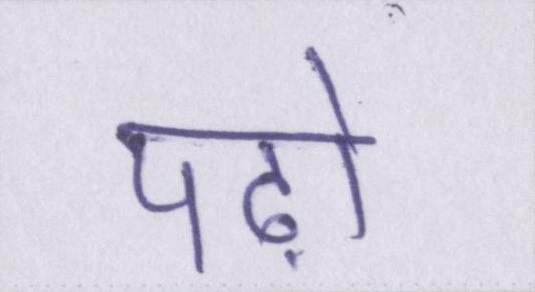
पढ़ो